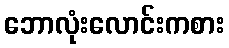
ဘောလုံးလောင်းကစား